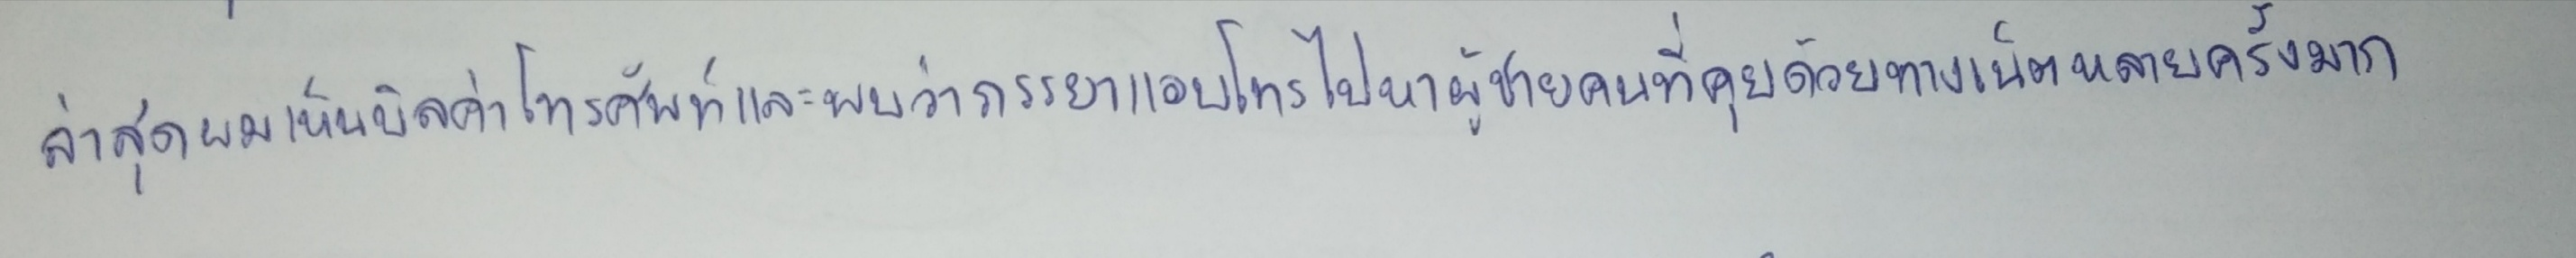
ล่าสุดผมเห็นบิลค่าโทรศัพท์และพบว่าภรรยาแอบโทรไปหาผู้ชายคนที่คุยด้วยทางเน็ตหลายครั้งมาก